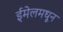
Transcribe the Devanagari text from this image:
ईमेलमधून